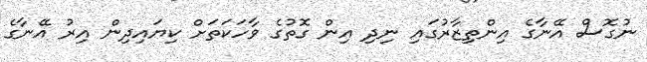
ނުގޮސް އޭނާގެ އިންތިޒާރުގައި ނިދި އިން ގޮތުގެ ވާހަކަތަށް ކިޔައިދިން އިރު އޭނާގެ